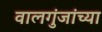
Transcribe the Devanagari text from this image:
वालगुंजांच्या